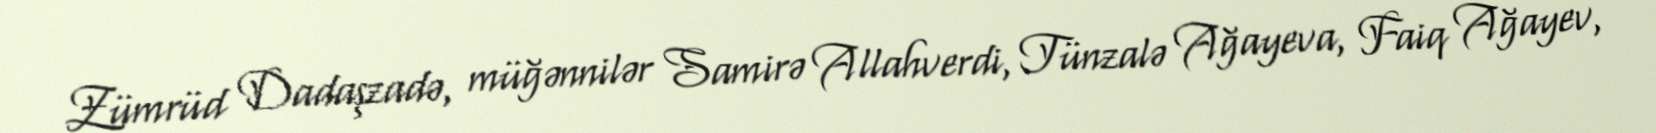
Zümrüd Dadaşzadə, müğənnilər Samirə Allahverdi, Tünzalə Ağayeva, Faiq Ağayev,